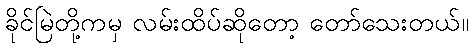
ခိုင်မြဲတို့ကမှ လမ်းထိပ်ဆိုတော့ တော်သေးတယ်။